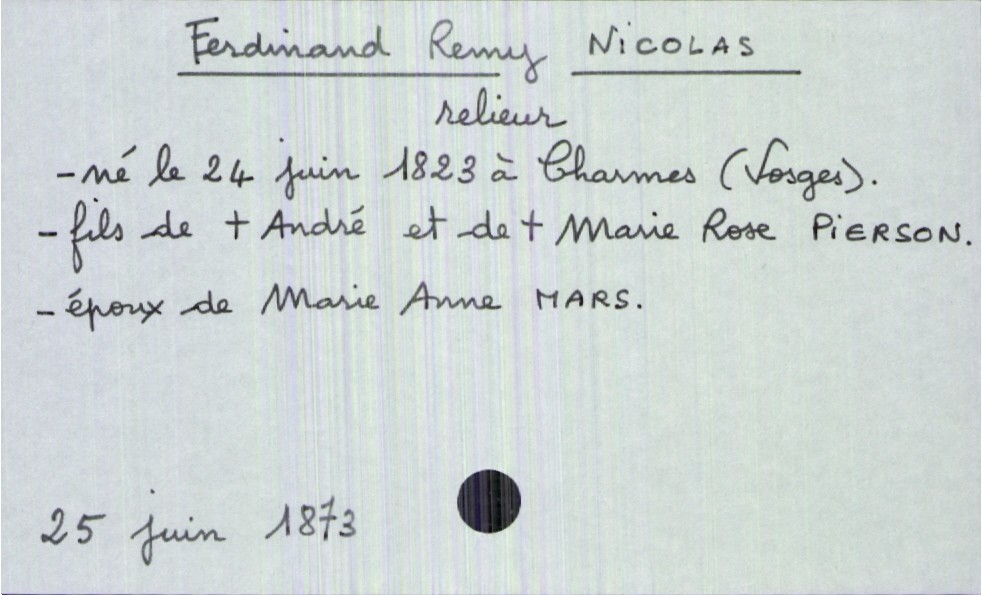
type_acte: Décès
année: 1873
mois: juin
jour: 25
défunt_nom: Nicolas
défunt_prénom: Ferdinand Remy
défunt_sexe: H
défunt_date_de_naissance: 24 juin 1823
défunt_lieu_de_naissance: Charmes (Vosges)
défunt_statut: marié(e)
père_défunt_nom: Nicolas
père_défunt_prénom: André
père_défunt_statut: décédé
mère_défunt_nom: Pierson
mère_défunt_prénom: Marie Rose
mère_défunt_statut: décédée